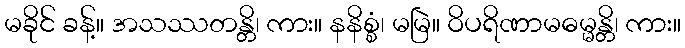
မခိုင် ခန့်။ အသဿတန္တိ၊ ကား။ နနိစ္စံ၊ မမြဲ။ ဝိပရိဏာမဓမ္မန္တိ၊ ကား။